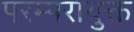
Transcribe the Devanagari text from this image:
परम्परायुक्त